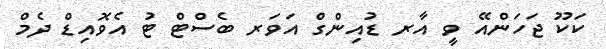
ކަކޫ ޖަހަންއޭ ވީ އާރ ޑުއިންގް އަވަރ ބެސްޓް ޓު އެވޮއިޑް ދެމް